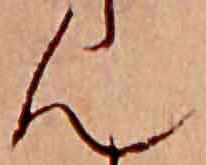
ん